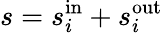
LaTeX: s=s_{i}^{\mathrm{in}}+s_{i}^{\mathrm{out}}